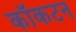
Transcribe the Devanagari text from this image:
कॉकटन